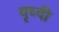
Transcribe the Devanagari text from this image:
वृध्दी